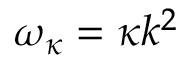
\omega _ { \kappa } = \kappa k ^ { 2 }